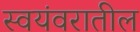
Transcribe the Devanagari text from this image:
स्वयंवरातील